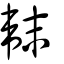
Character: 韎